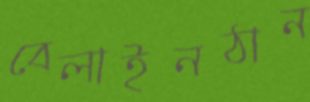
বেলাইনঠান